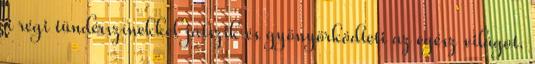
a régi tündérszínekkel játszik és gyönyörködteti az egész világot.